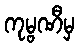
ကုမ္ဗဏီမှ